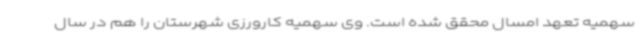
سهمیه تعهد امسال محقق شده است. وی سهمیه کارورزی شهرستان را هم در سال